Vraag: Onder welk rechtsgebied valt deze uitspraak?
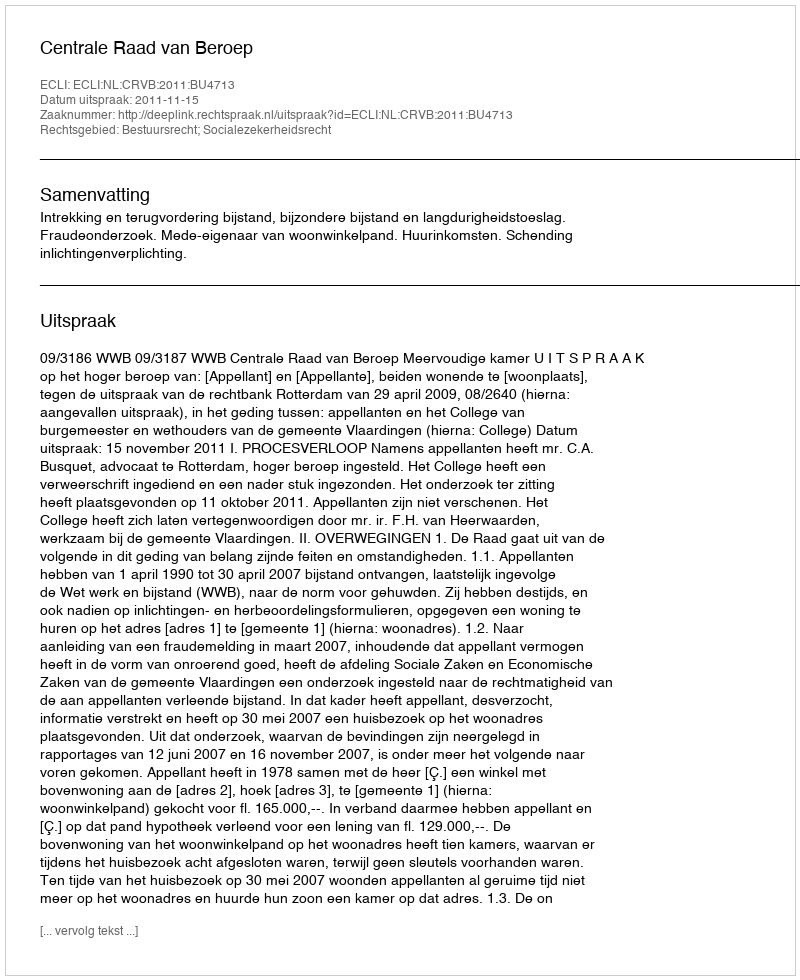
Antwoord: Bestuursrecht; Socialezekerheidsrecht